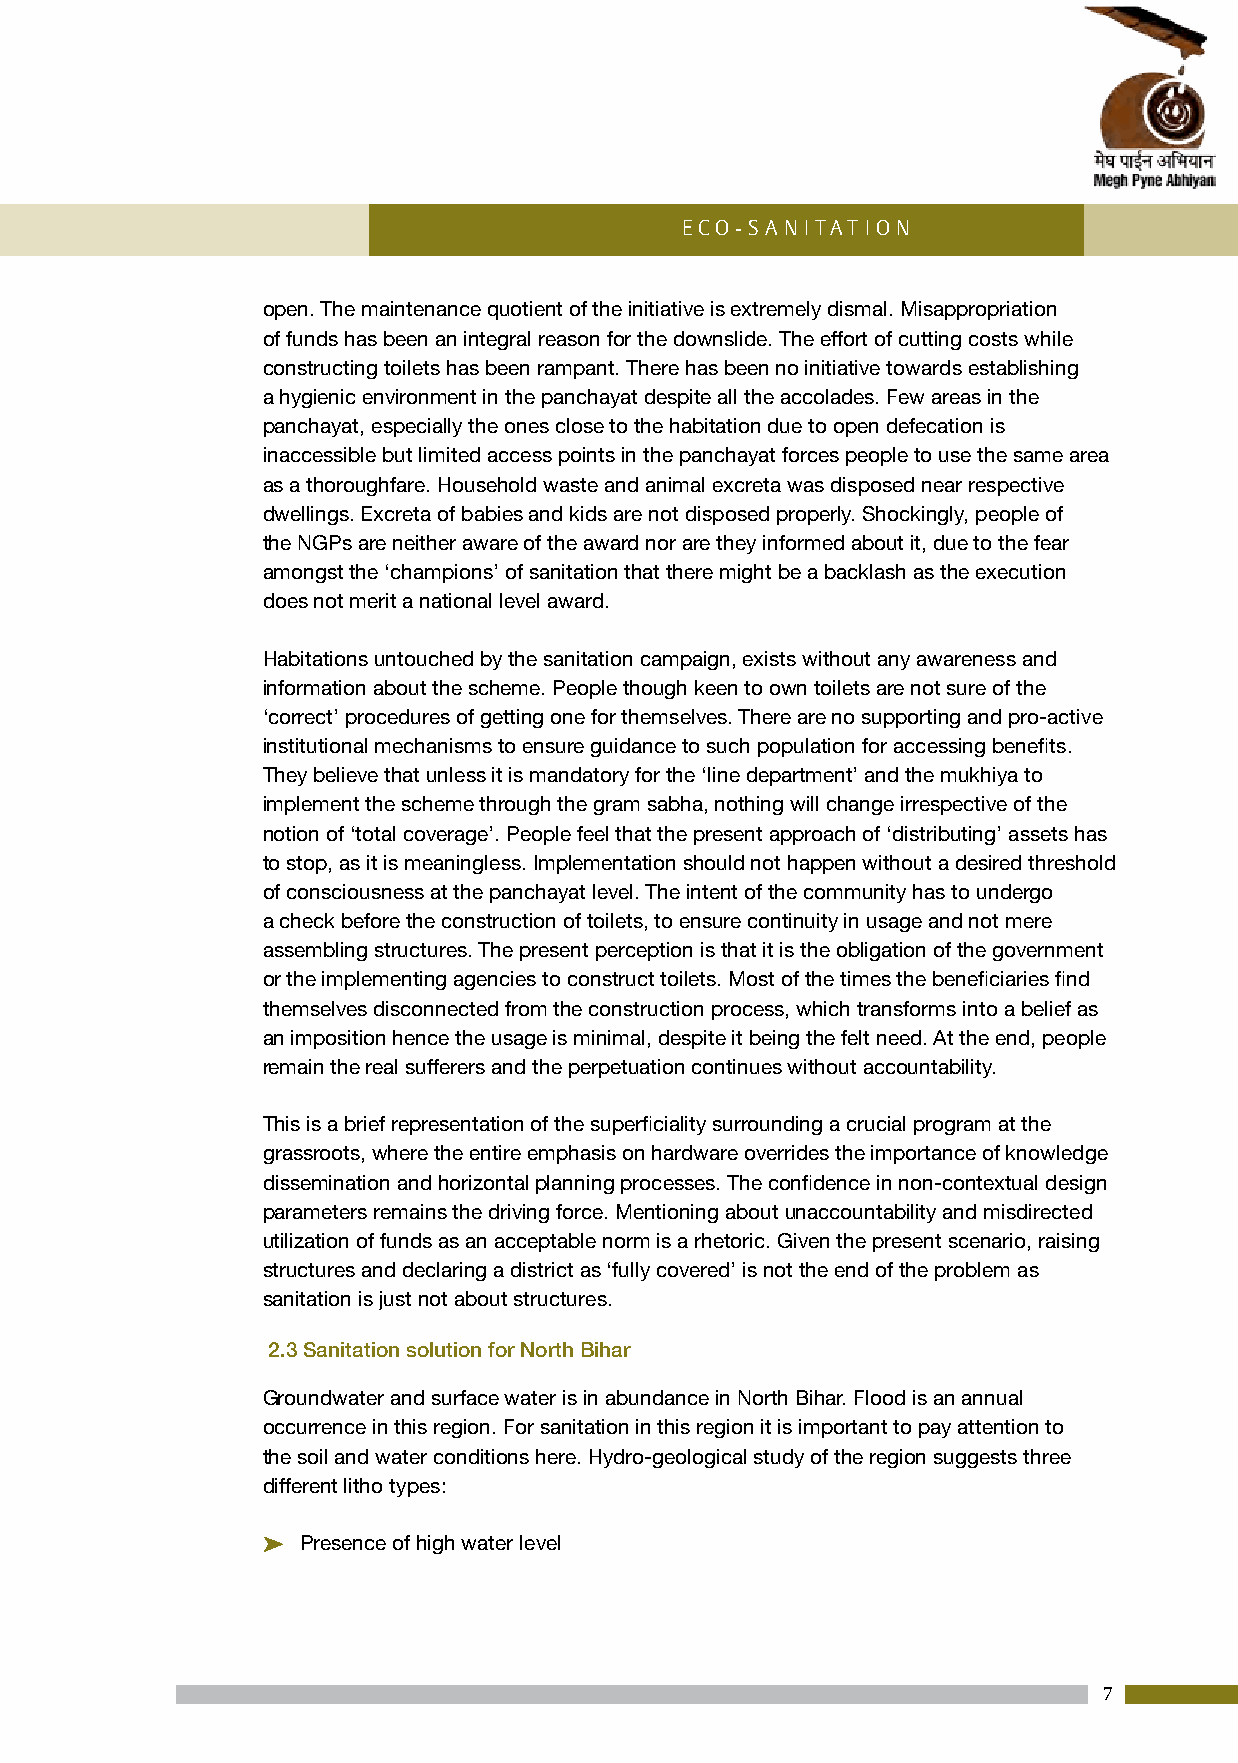
Eco-Sani tation
 open. The maintenance quotient of the initiative is extremely dismal. Misappropriation
 of funds has been an integral reason for the downslide. The effort of cutting costs while
 constructing toilets has been rampant. There has been no initiative towards establishing
 a hygienic environment in the panchayat despite all the accolades. Few areas in the
 panchayat, especially the ones close to the habitation due to open defecation is
 inaccessible but limited access points in the panchayat forces people to use the same area
 as a thoroughfare. Household waste and animal excreta was disposed near respective
 dwellings. Excreta of babies and kids are not disposed properly. Shockingly, people of
 the NGPs are neither aware of the award nor are they informed about it, due to the fear
 amongst the ‘champions’ of sanitation that there might be a backlash as the execution
 does not merit a national level award.
 Habitations untouched by the sanitation campaign, exists without any awareness and
 information about the scheme. People though keen to own toilets are not sure of the
 ‘correct’ procedures of getting one for themselves. There are no supporting and pro-active
 institutional mechanisms to ensure guidance to such population for accessing benefits.
 They believe that unless it is mandatory for the ‘line department’ and the mukhiya to
 implement the scheme through the gram sabha, nothing will change irrespective of the
 notion of ‘total coverage’. People feel that the present approach of ‘distributing’ assets has
 to stop, as it is meaningless. Implementation should not happen without a desired threshold
 of consciousness at the panchayat level. The intent of the community has to undergo
 a check before the construction of toilets, to ensure continuity in usage and not mere
 assembling structures. The present perception is that it is the obligation of the government
 or the implementing agencies to construct toilets. Most of the times the beneficiaries find
 themselves disconnected from the construction process, which transforms into a belief as
 an imposition hence the usage is minimal, despite it being the felt need. At the end, people
 remain the real sufferers and the perpetuation continues without accountability.
 This is a brief representation of the superficiality surrounding a crucial program at the
 grassroots, where the entire emphasis on hardware overrides the importance of knowledge
 dissemination and horizontal planning processes. The confidence in non-contextual design
 parameters remains the driving force. Mentioning about unaccountability and misdirected
 utilization of funds as an acceptable norm is a rhetoric. Given the present scenario, raising
 structures and declaring a district as ‘fully covered’ is not the end of the problem as
 sanitation is just not about structures.
 2.3 Sanitation solution for North Bihar
 Groundwater and surface water is in abundance in North Bihar. Flood is an annual
 occurrence in this region. For sanitation in this region it is important to pay attention to
 the soil and water conditions here. Hydro-geological study of the region suggests three
 different litho types:
 PP Presence of high water level
 7